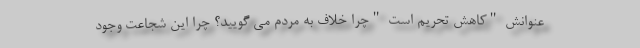
عنوانش "کاهش تحریم است "چرا خلاف به مردم می گویید؟ چرا این شجاعت وجود